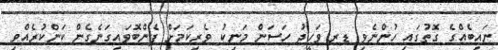
ނައިބެއްގެ ގޮތުގައި ހުންނެވި ޑރ ވަހީދު ހަސަން މަނިކު ވެރިކަމަށް ފެންބޮވައިގަނެގެން ކަންކުރެއްވި